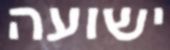
ישועה